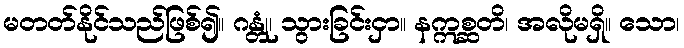
မတတ်နိုင်သည်ဖြစ်၍။ ဂန္တုံ၊ သွားခြင်းငှာ။ နဣစ္ဆတိ၊ အလိုမရှိ။ သော၊